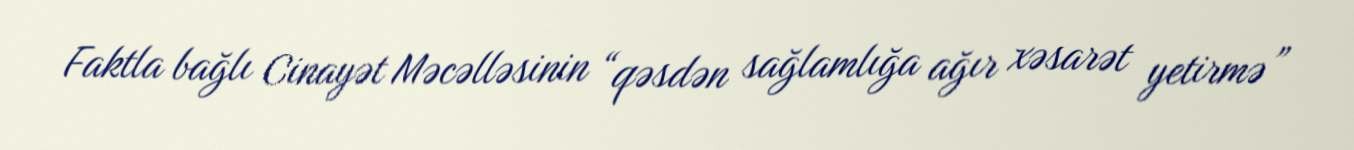
Faktla bağlı Cinayət Məcəlləsinin “qəsdən sağlamlığa ağır xəsarət yetirmə”